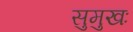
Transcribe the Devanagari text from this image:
सुमुखः